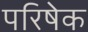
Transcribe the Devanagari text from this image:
परिषेक